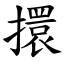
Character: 擐